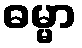
ဓမ္မာ